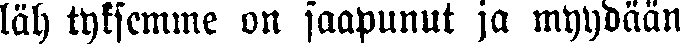
läh tyksemme on saapunut ja myydään